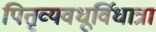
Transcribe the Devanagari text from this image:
पितृव्यवधूर्विधात्रा